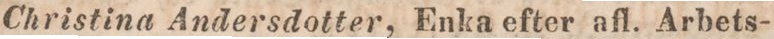
Christina Andersdotter, Enka efter afl. Arbets-